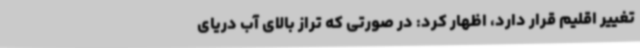
تغییر اقلیم قرار دارد، اظهار کرد: در صورتی که تراز بالای آب دریای